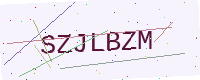
Text: SZJLBZM